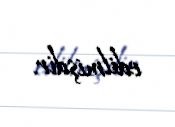
edilmişdir.